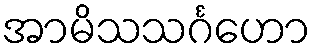
အာမိသသင်္ဂဟော